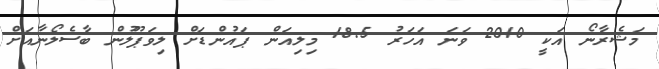
މަޝެރާނޯ އަކީ 2010 ވަނަ އަހަރު 18.5 މިލިއަން ޕައުންޑަށް ލިވަޕޫލުން ބާސެލޯނާއަށް